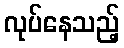
လုပ်နေသည့်